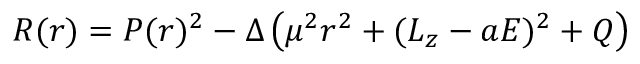
R ( r ) = P ( r ) ^ { 2 } - \Delta \left( \mu ^ { 2 } r ^ { 2 } + ( L _ { z } - a E ) ^ { 2 } + Q \right)